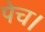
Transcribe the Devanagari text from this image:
पेच।